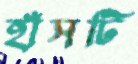
হাঁসটি